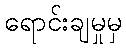
ရောင်းချမှုမှ